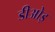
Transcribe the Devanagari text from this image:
डीओइ